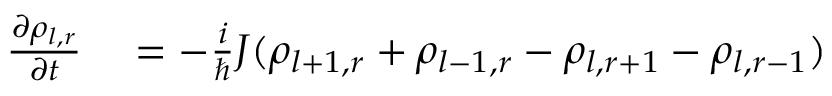
\begin{array} { r l } { \frac { \partial \rho _ { l , r } } { \partial t } } & { { } = - \frac { i } { \hbar } J ( \rho _ { l + 1 , r } + \rho _ { l - 1 , r } - \rho _ { l , r + 1 } - \rho _ { l , r - 1 } ) } \end{array}